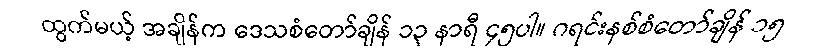
ထွက်မယ့် အချိန်က ဒေသစံတော်ချိန် ၁၃ နာရီ ၄၅ပါ။ ဂရင်းနစ်စံတော်ချိန် ၁၅